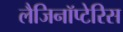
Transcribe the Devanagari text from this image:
लैजिनॉप्टेरिस